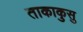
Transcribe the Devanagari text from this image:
ताकाकुसु